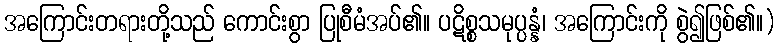
အကြောင်းတရားတို့သည် ကောင်းစွာ ပြုစီမံအပ်၏။ ပဋိစ္စသမုပ္ပန္နံ၊ အကြောင်းကို စွဲ၍ဖြစ်၏။)